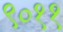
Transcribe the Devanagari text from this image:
९०११